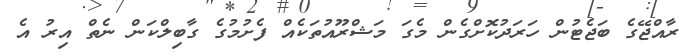
ރާއްޖޭގެ ބަޖެޓުން ހަރަދުކޮށްގެން މެގަ މަޝްރޫއުތަކެއް ފެށުމުގެ ގާބިލްކަން ނެތް އިރު އެ